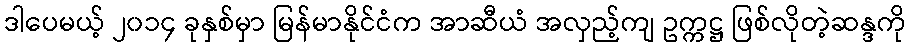
ဒါပေမယ့် ၂၀၁၄ ခုနှစ်မှာ မြန်မာနိုင်ငံက အာဆီယံ အလှည့်ကျ ဥက္ကဋ္ဌ ဖြစ်လိုတဲ့ဆန္ဒကို